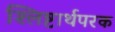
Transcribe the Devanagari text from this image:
श्लिष्टार्थपरक